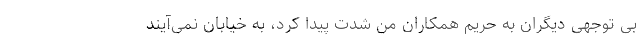
بی توجهی دیگران به حریم همکاران من شدت پیدا کرد، به خیابان نمی‌آیند